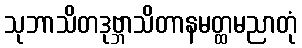
သုဘာသိတဒုဗ္ဘာသိတာနမတ္ထမညာတုံ